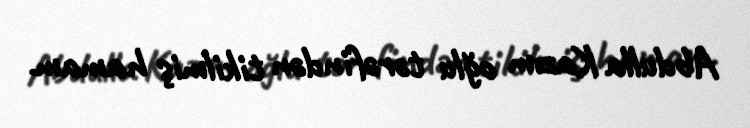
Abdulla Kazım oğlu tərəfindən tikilmiş hamam.